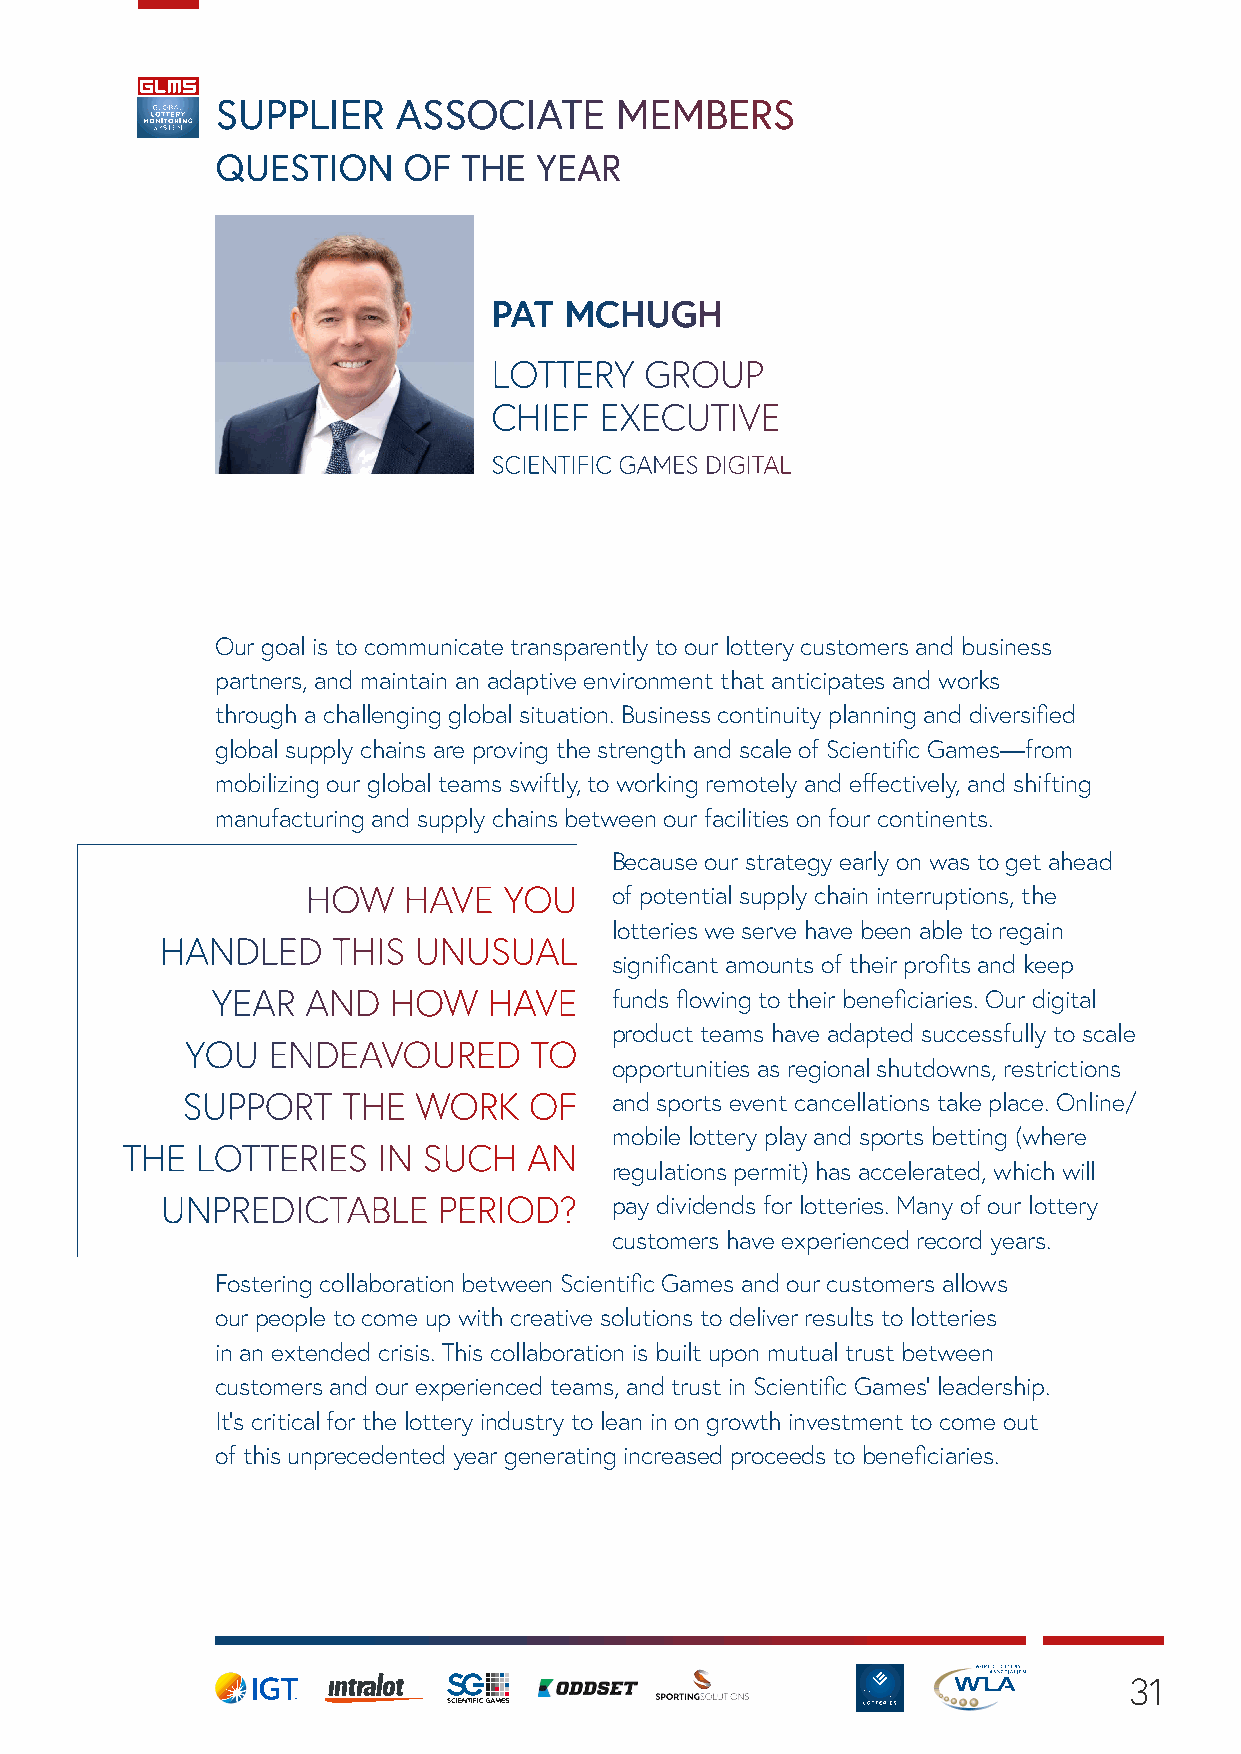
SUPPLIER    ASSOCIATE      MEMBERS
 QUESTION     OF  THE YEAR
 PAT MCHUGH
 LOTTERY   GROUP
 CHIEF  EXECUTIVE
 SCIENTIFIC GAMES DIGITAL
 Our goal is to communicate transparently to our lottery customers and business
 partners, and maintain an adaptive environment that anticipates and works
 through a challenging global situation. Business continuity planning and diversified
 global supply chains are proving the strength and scale of Scientific Games—from
 mobilizing our global teams swiftly, to working remotely and effectively, and shifting
 manufacturing and supply chains between our facilities on four continents.
 Because our strategy early on was to get ahead
 HOW    HAVE  YOU    of potential supply chain interruptions, the
 lotteries we serve have been able to regain
 HANDLED    THIS UNUSUAL
 significant amounts of their profits and keep
 YEAR  AND   HOW   HAVE    funds flowing to their beneficiaries. Our digital
 product teams have adapted successfully to scale
 YOU   ENDEAVOURED      TO
 opportunities as regional shutdowns, restrictions
 SUPPORT    THE WORK    OF   and sports event cancellations take place. Online/
 mobile lottery play and sports betting (where
 THE  LOTTERIES   IN SUCH   AN
 regulations permit) has accelerated, which will
 UNPREDICTABLE     PERIOD?    pay dividends for lotteries. Many of our lottery
 customers have experienced record years.
 Fostering collaboration between Scientific Games and our customers allows
 our people to come up with creative solutions to deliver results to lotteries
 in an extended crisis. This collaboration is built upon mutual trust between
 customers and our experienced teams, and trust in Scientific Games’ leadership.
 It’s critical for the lottery industry to lean in on growth investment to come out
 of this unprecedented year generating increased proceeds to beneficiaries.
 31